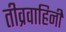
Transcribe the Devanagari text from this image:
तीव्रवाहिनी